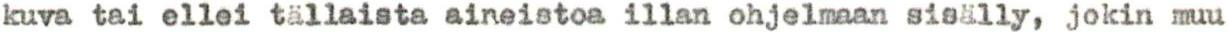
kuva tai ellei tällaista aineistoa illan ohjelmaan sisälly, jokin muu